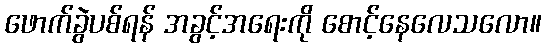
ဖောက်ခွဲပစ်ရန် အခွင့်အရေးကို စောင့်နေလေသလော။